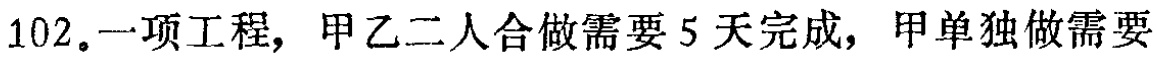
102.一项工程，甲乙二人合做需要 5 天完成，甲单独做需要